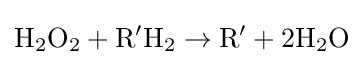
\mathrm {H} _{2}\mathrm {O} _{2}+\mathrm {R'H} _{2}\rightarrow \mathrm {R'} +2\mathrm {H} _{2}\mathrm {O}